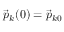
\vec { p } _ { k } ( 0 ) = \vec { p } _ { k 0 }